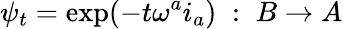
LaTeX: \psi_{t}=\mathrm{exp}(-t\omega^{a}i_{a})\; :\; B\rightarrow A